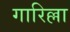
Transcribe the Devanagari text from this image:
गारिल्ला